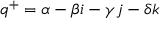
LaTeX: q ^ { + } = \alpha - \beta i - \gamma j - \delta k